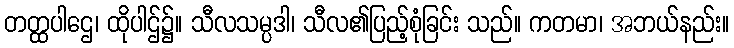
တတ္ထပါဌေ၊ ထိုပါဌ်၌။ သီလသမ္ပဒါ၊ သီလ၏ပြည့်စုံခြင်း သည်။ ကတမာ၊ အဘယ်နည်း။